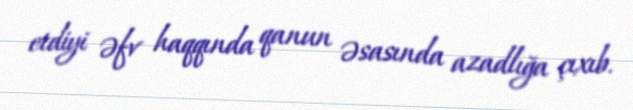
etdiyi əfv haqqında qanun əsasında azadlığa çıxıb.